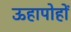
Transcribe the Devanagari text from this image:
ऊहापोहों